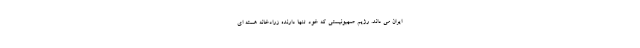
ایران می داند. رژیم صهیونیستی که خود تنها دارنده زرادخانه هسته ای